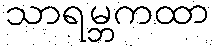
သာရမ္ဘကထာ